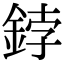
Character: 鋍